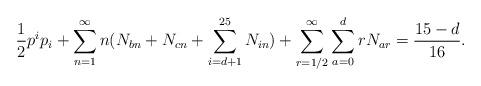
LaTeX: \begin{align*}\frac{1}{2} p^ip_i+\sum_{n=1}^\infty n(N_{bn}+N_{cn}+\sum_{i=d+1}^{25}N_{i n})+\sum_{r=1/2}^\infty\sum_{a=0}^{d} rN_{a r}={15-d \over 16}.\end{align*}